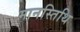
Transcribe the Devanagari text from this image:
मानस्तिथि